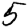
Digit: 5